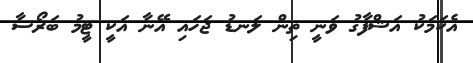
އެކަމަކު އަޝްފާގު ވަނީ ތިން ލަނޑު ޖަހައި އޭނާ އަކީ ޓީމު ބަރޯސާ